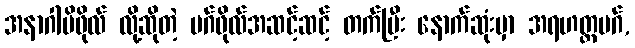
အနာဂါမိဖိုလ် လို့ဆိုတဲ့ မဂ်ဖိုလ်အဆင့်ဆင့် တက်ပြီး နောက်ဆုံးမှာ အရဟတ္တမဂ်,